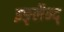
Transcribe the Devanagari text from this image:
इङ्लैन्द्